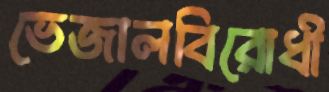
ভেজালবিরোধী